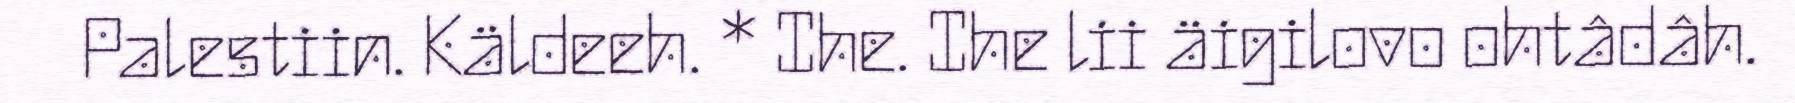
Palestiin. Käldeeh. * Ihe. Ihe lii äigilovo ohtâdâh.